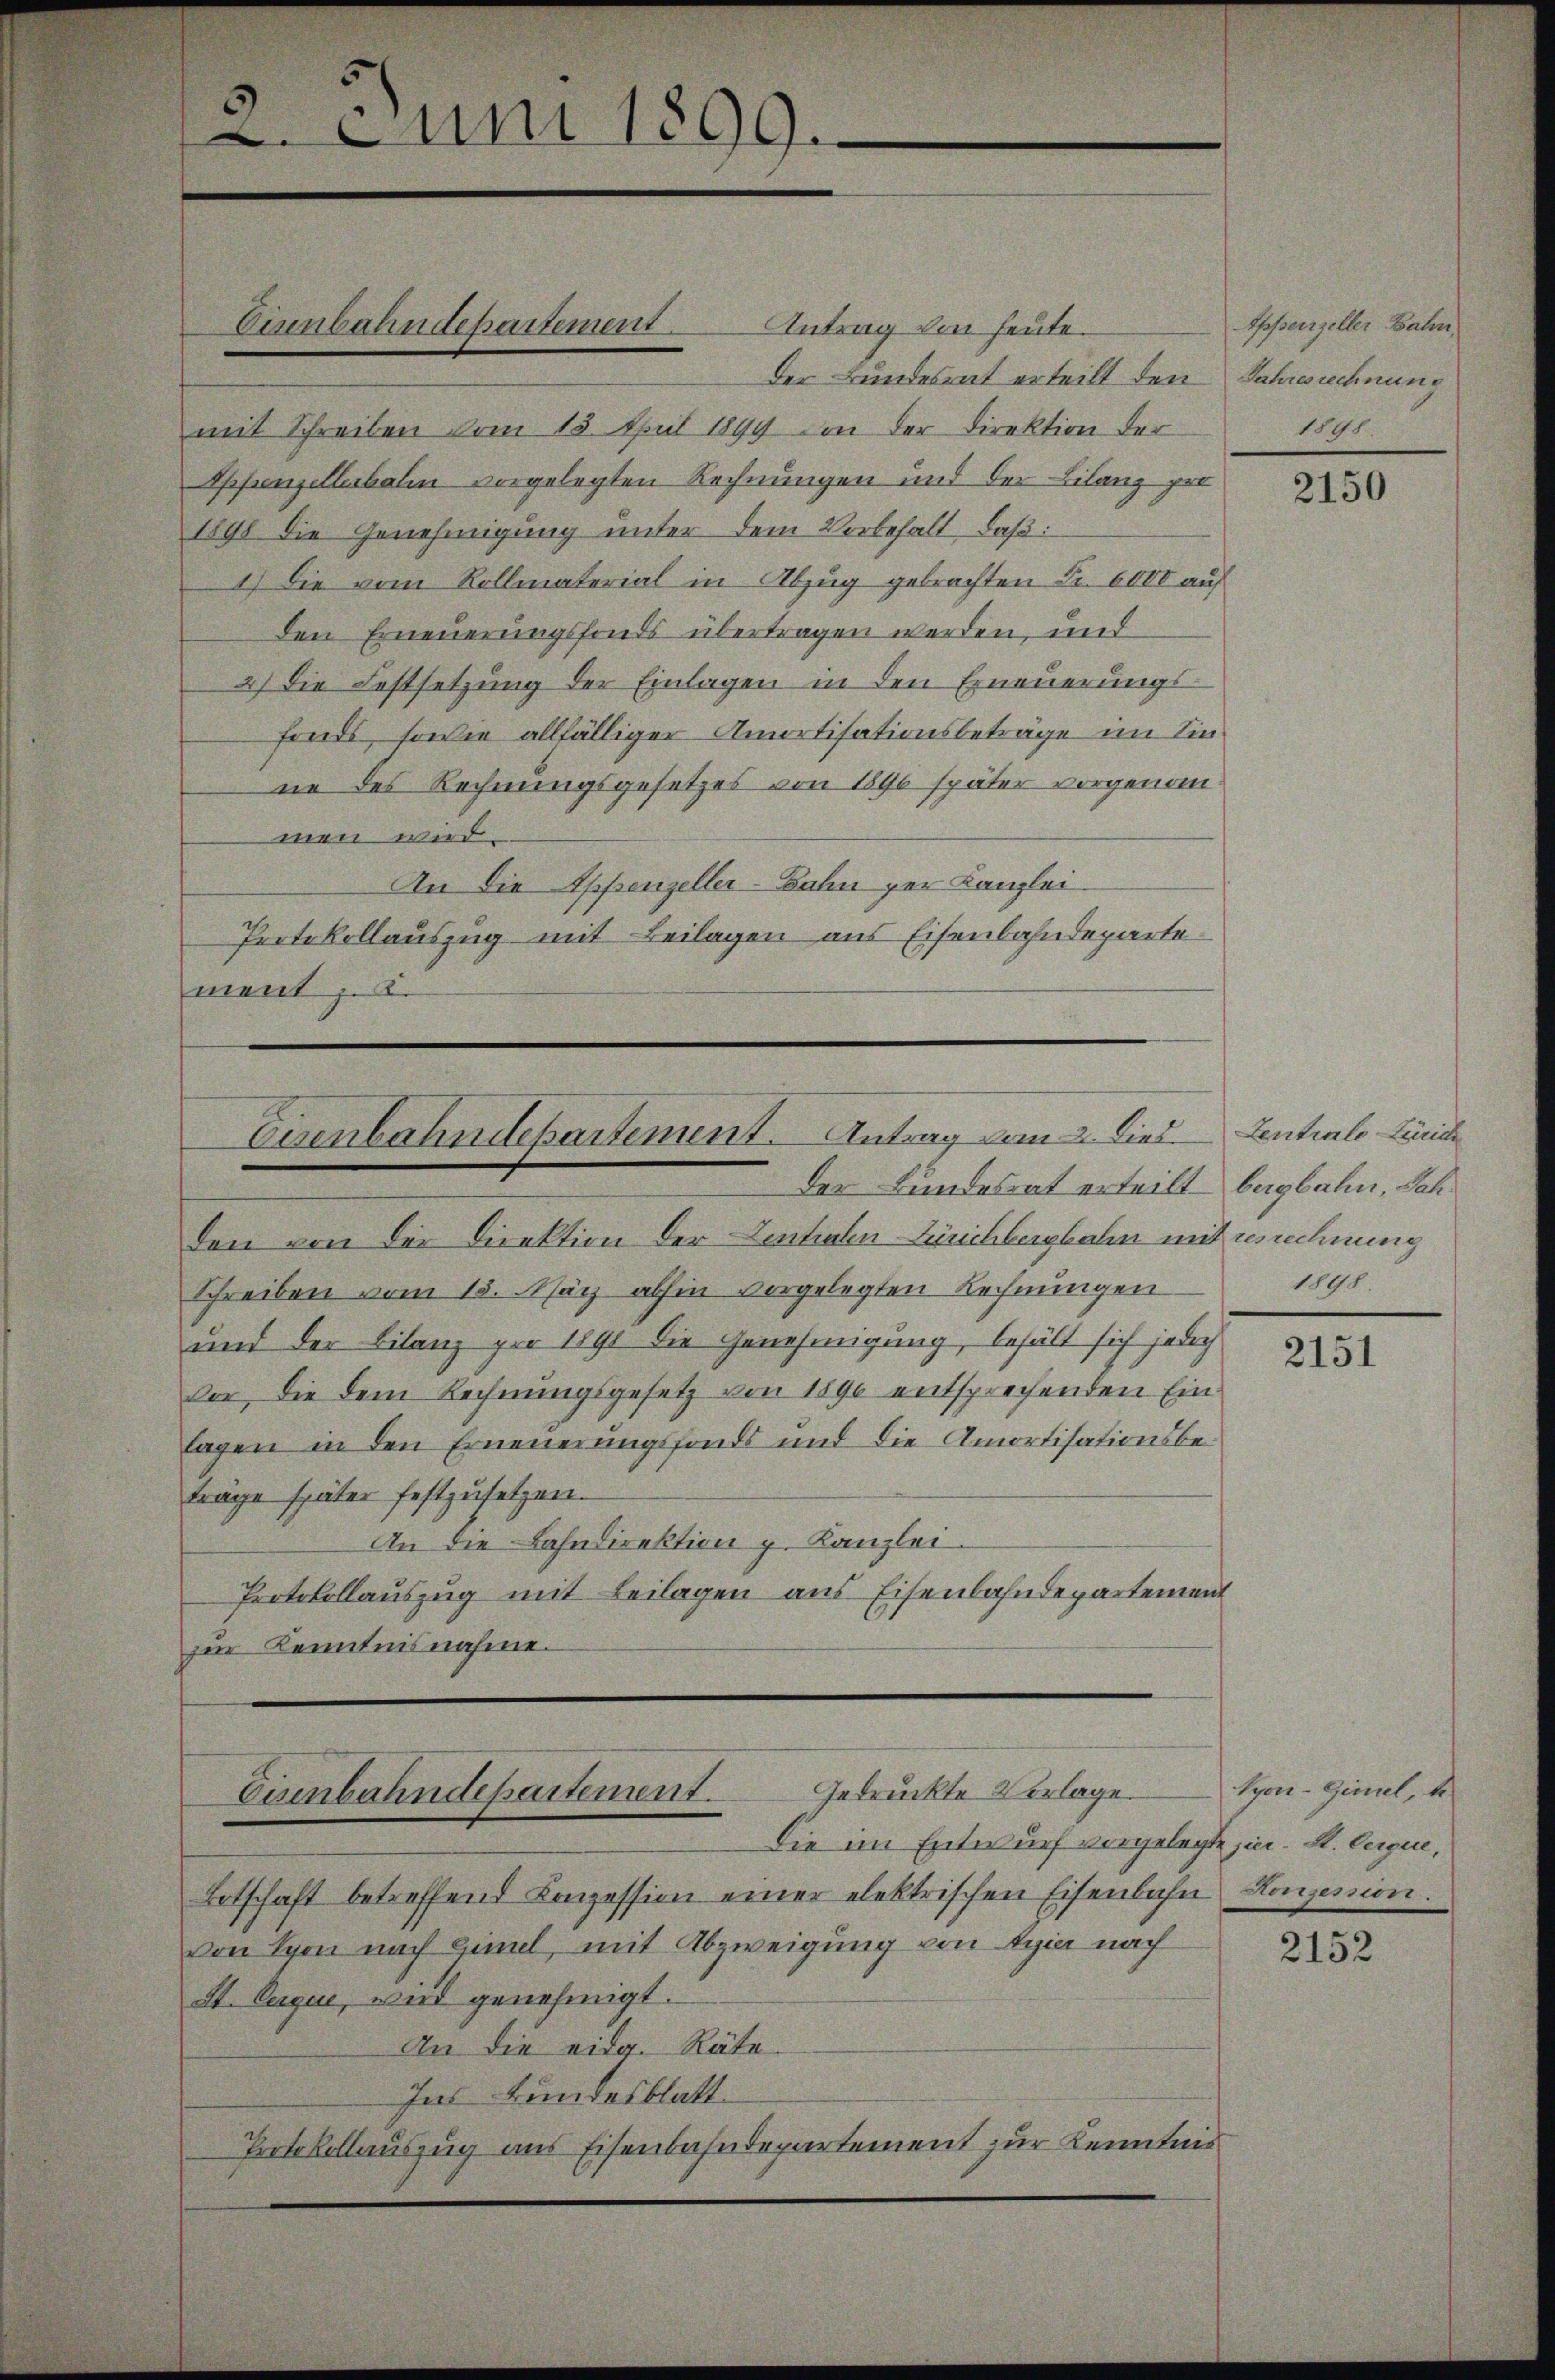
2. Juni 1899.

Antrag von heute.
Der Bundesrat erteilt den Jahresrechnung
mit Schreiben vom 15. April 1899 in der Direktion der
Sppenzellerbalen vorgelegten Rechnungen und der Bilanz per
1898 die Genehmigung unter dem Vorbehalt, daß:
1.) Die vom Rollmaterial in Abzug gebrachten Fr. 6000 auf
den Erneuerungsfonds übertragen werden, und
2) Die Festsetzŭng der Einlagen in den Erneŭerŭngs-
fonds, sowie allfälliger Amortisationsbeträge im Einne des Rechnungsgesetzes von 1896 später vorgenommen wird.
An die Appenzeller-Bahn per Kanzlei.
Protokollauszug mit Beilagen aus Eisenbahndeparte
ment z.

Eirnbahndepartement.

Osenbahndepartement. Antrag vom 2. Dies
Der Bundesrat erteilt beglahn, Jah¬

Cumbahndepartement gedruckte Vorlage.

Den von der Direktion der Sentialen-Zürichbergbahn mit resrechnung
Schreiben vom 15. März abhin vorgelegten Refnungen
und der Bilanz pro 1891 die Genehmigung, behält sich jedoch
vor, die dem Rechnungsgesetz von 1890 entsprechenden Ein
lagen in den Erneuerungsfonds und die Amortisationsbetrage später festzusetzen.
An die Bahndirektion p. Kanzlei.
Protokollauszug mit Beilagen aus Eisenbahndepartement
zur Kenntnisnahme.

Die im Entwurf vorgelegte hier. St. Cerque,
Botschaft betreffend Conzession einer elektrischen Eisenbahn Konzession.
von Spon nach Gime, mit Abzweigung von Egia nach
St. Cague, wird genehmigt.
An die eidg. Räte.
Ins Bundesblatt
Protokollauszug aus Eisenbahndepartement zur Kenntnis

Appenzeller Bahn,
1898.

2150

Zentrale Lande
1898.

2151

Syon-Gimel, de

2152